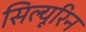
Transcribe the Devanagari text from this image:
सिल्यूरिन